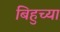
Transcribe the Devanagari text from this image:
बिहुच्या